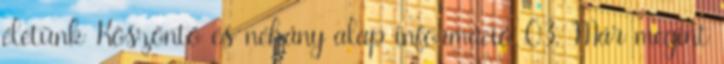
életünk Köszöntő és néhány alap információ 03. Már megint